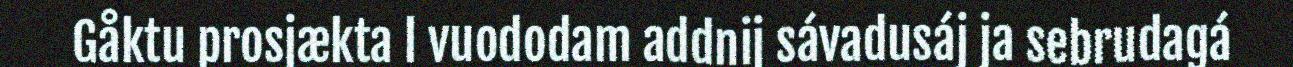
Gåktu prosjækta l vuododam addnij sávadusáj ja sebrudagá